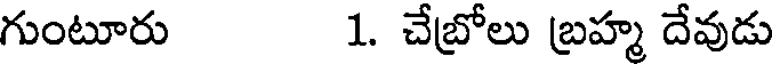
గుంటూరు 1. చేబ్రోలు బ్రహ్మ దేవుడు